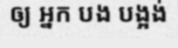
ឲ្យ អ្នក បង បង្អង់